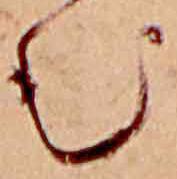
む